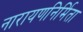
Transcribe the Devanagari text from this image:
नारायणनिर्मिता